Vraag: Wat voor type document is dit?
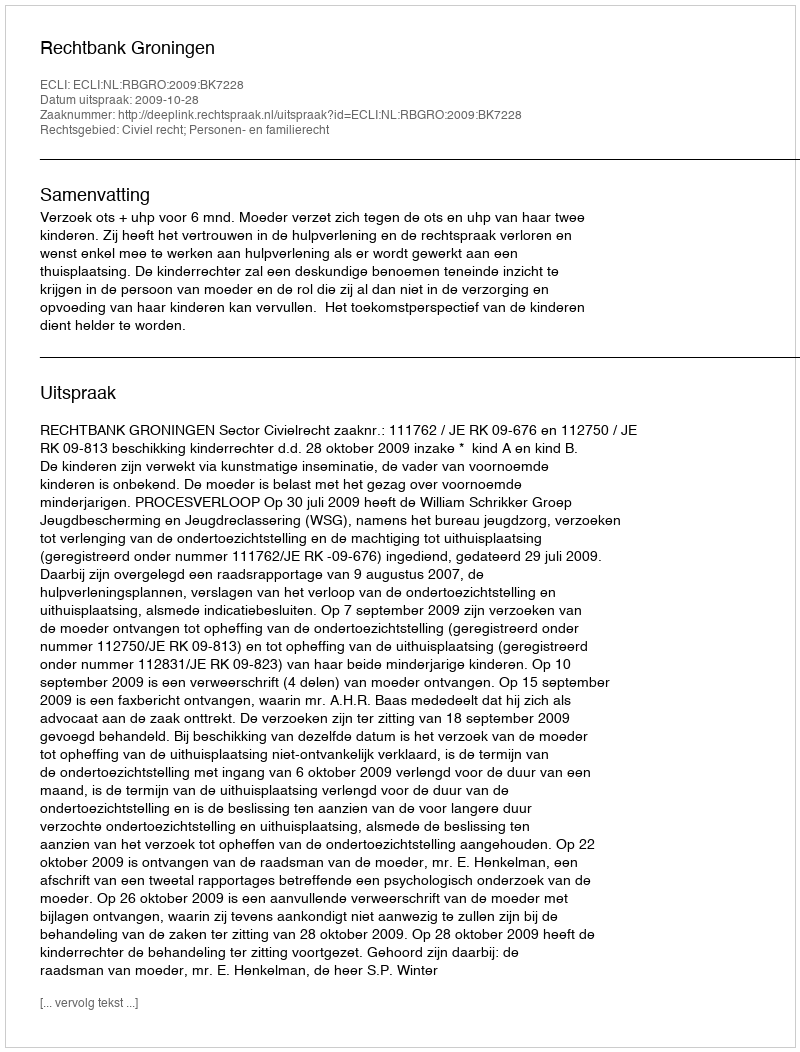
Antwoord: Uitspraak